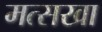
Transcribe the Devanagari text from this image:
मत्सखा